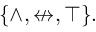
\{ \land , \nleftrightarrow , \top \} .